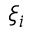
\xi _ { i }